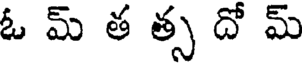
ఓ మ్ త త్స దో మ్